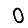
Digit: 0